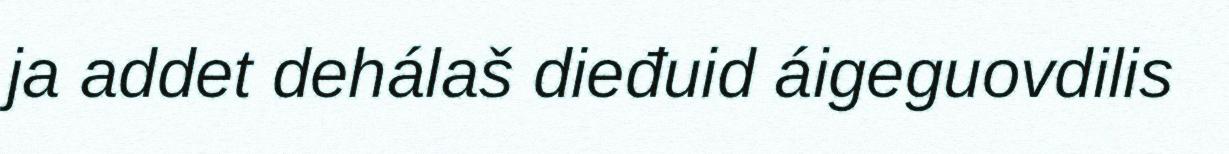
ja addet dehálaš dieđuid áigeguovdilis